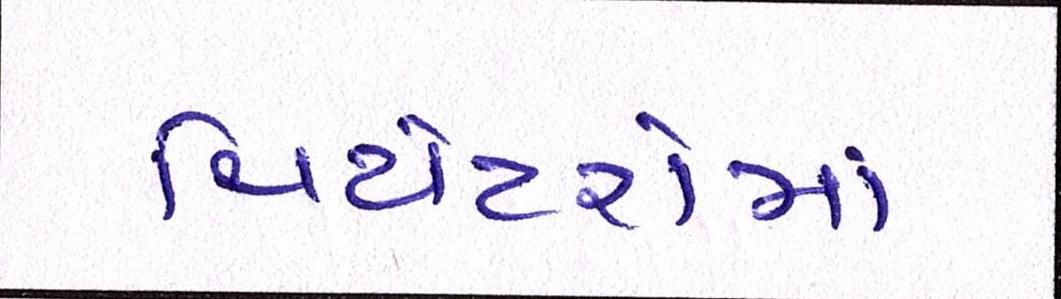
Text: થિયેટરોમાં